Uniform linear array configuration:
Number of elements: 4
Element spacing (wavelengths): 0.75
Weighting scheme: binomial
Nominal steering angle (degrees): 15
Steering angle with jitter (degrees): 13.195
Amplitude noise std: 0.05
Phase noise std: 0.05

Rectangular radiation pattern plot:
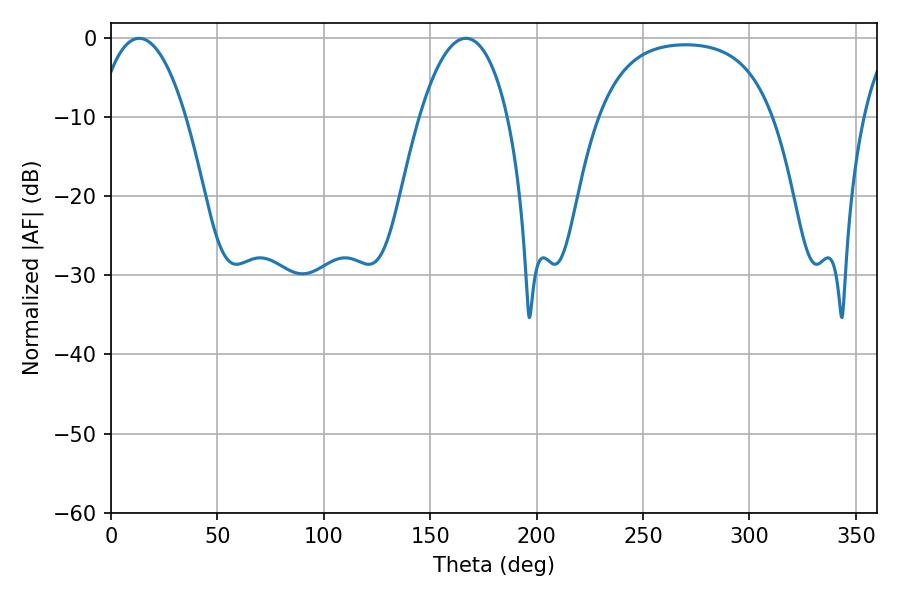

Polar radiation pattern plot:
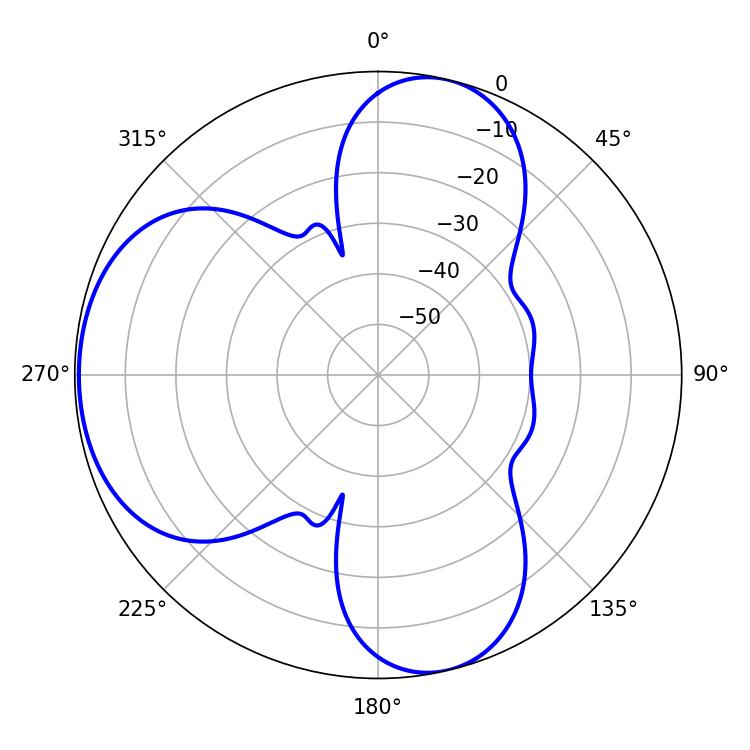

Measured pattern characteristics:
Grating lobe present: TRUE
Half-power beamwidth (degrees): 23.22
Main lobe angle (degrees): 13.32